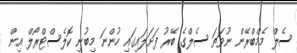
ސެލް މެމްބްރޭން ނުވަތަ ސެލްގެ ބޭރު ފަށަލައިގައި ހުންނަ މިބުނި ކޮލެސްޓްރޯލް އިން